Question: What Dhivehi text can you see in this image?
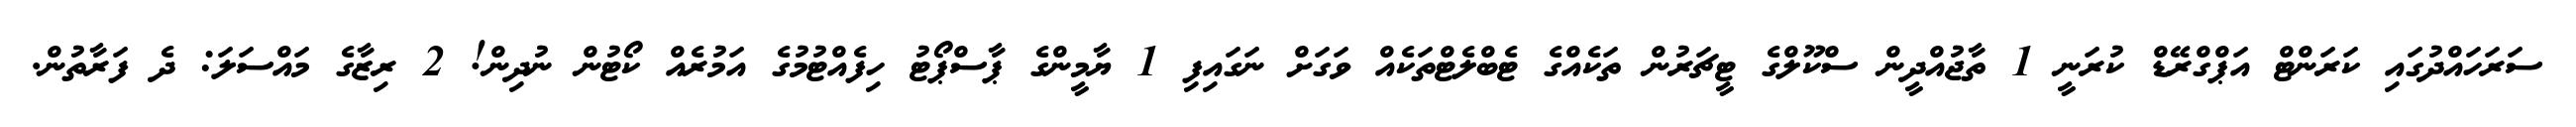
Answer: ސަރަހައްދުގައި ކަރަންޓް އަޕްގްރޭޑް ކުރަނީ 1 ތާޖުއްދީން ސްކޫލްގެ ޓީޗަރުން ތަކެއްގެ ޓެބްލެޓްތަކެއް ވަގަށް ނަގައިފި 1 ޔާމީންގެ ޕާސްޕޯޓު ހިފެއްޓުމުގެ އަމުރެއް ކޯޓުން ނުދިން! 2 ރިޒާގެ މައްސަލަ: ދެ ފަރާތުން.